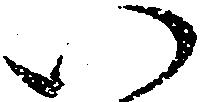
い